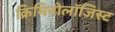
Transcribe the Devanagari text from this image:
क्रिमिनोलॉजिस्ट